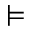
\vDash